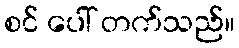
စင် ပေါ် တက်သည်။